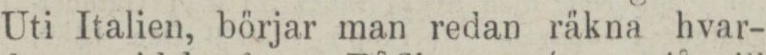
Uti Italien, börjar man redan räkna hvar-